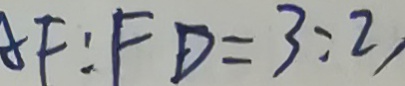
A F : F D = 3 : 2 ,